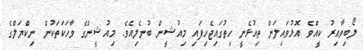
ލޯބިވާއިރު ކީއްވެ އޮޅުވައިލަން ތިއުޅެނީ ހިތުގައިޖެހިފައި މިއުޝީން ބުނެލިއެވެ. މިއުޝީންގެ ވާހަކަތަކުން ނިކްޔަލްގެ